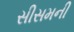
સીસમની